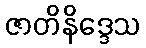
ဇာတိနိဒ္ဒေသ